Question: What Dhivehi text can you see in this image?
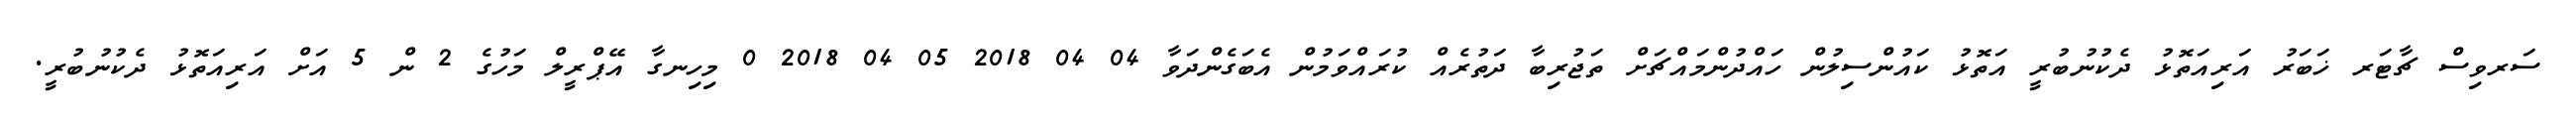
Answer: ސަރވިސް ޗާޓަރ ޚަބަރު އަރިއަތޮޅު ދެކުނުބުރީ އަތޮޅު ކައުންސިލުން ހައްދުންމައްޗަށް ތަޖުރިބާ ދަތުރެއް ކުރައްވަމުން އެބަގެންދަވާ 04 04 2018 05 04 2018 0 މިހިނގާ އޭޕްރީލް މަހުގެ 2 ން 5 އަށް އަރިއަތޮޅު ދެކުނުބުރީ.